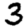
Digit: 3